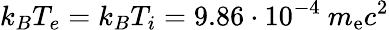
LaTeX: k_{B}T_{e}=k_{B}T_{i}=9.86\cdot 10^{-4}~m_{\mathrm{e}}c^{2}